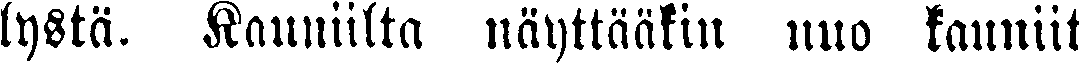
lystä. Kauniilta näyttääkin nuo kauniit